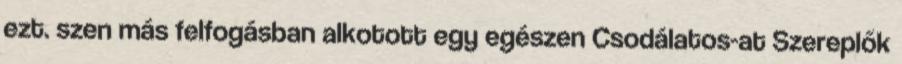
ezt. szen más felfogásban alkotott egy egészen Csodálatos-at Szereplők